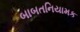
બાબતનિયામક